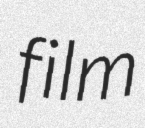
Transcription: film